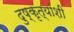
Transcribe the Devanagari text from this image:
दुष्कृत्यांशी